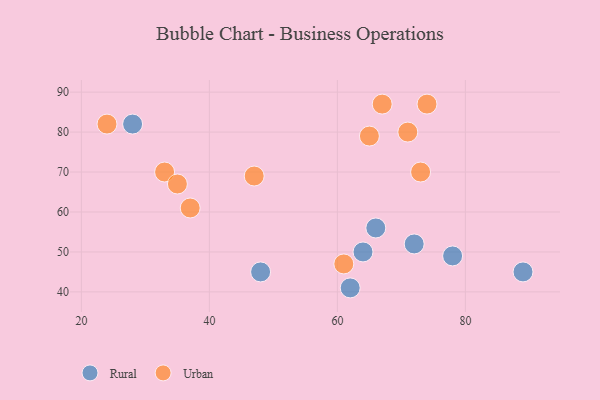
{"axis": {"x": "GDP", "y": "Life Expectancy"}, "legend": ["Rural", "Urban"], "data": [{"x": "89", "y": 45, "type": "Rural"}, {"x": "28", "y": 82, "type": "Rural"}, {"x": "48", "y": 45, "type": "Rural"}, {"x": "62", "y": 41, "type": "Rural"}, {"x": "72", "y": 52, "type": "Rural"}, {"x": "66", "y": 56, "type": "Rural"}, {"x": "78", "y": 49, "type": "Rural"}, {"x": "64", "y": 50, "type": "Rural"}, {"x": "33", "y": 70, "type": "Urban"}, {"x": "73", "y": 70, "type": "Urban"}, {"x": "67", "y": 87, "type": "Urban"}, {"x": "47", "y": 69, "type": "Urban"}, {"x": "37", "y": 61, "type": "Urban"}, {"x": "74", "y": 87, "type": "Urban"}, {"x": "65", "y": 79, "type": "Urban"}, {"x": "61", "y": 47, "type": "Urban"}, {"x": "71", "y": 80, "type": "Urban"}, {"x": "24", "y": 82, "type": "Urban"}, {"x": "35", "y": 67, "type": "Urban"}]}